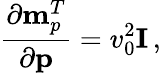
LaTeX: \frac{\partial{\mathbf m}_{p}^{T}}{\partial{\mathbf p}}=v_{0}^{2}{\mathbf I}\, ,